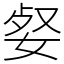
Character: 㛑